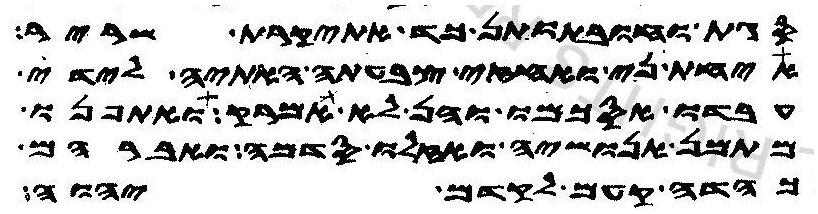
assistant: סגת וחובתותן כד אתיקרת שריר
איחת ני ואחזי צבעתה האתיה לידי
עבדו אסכמו והן לא אמרק ואתפנו
מתמן אנושיה ואזלו סדמה ואברהם
כהדה קעם לקדם יהוה